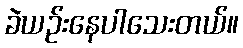
ခဲယဉ်းနေပါသေးတယ်။